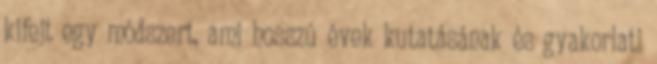
kifejt egy módszert, ami hosszú évek kutatásának és gyakorlati